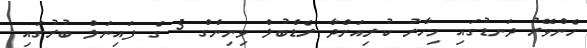
ހެންވޭރު ދަނޑުގައި މިހާރު ކުރިއަށްދާ ރެޑްބުލް ވިނިންގް 5 ގެ ފައިނަލް ބުރުގައި